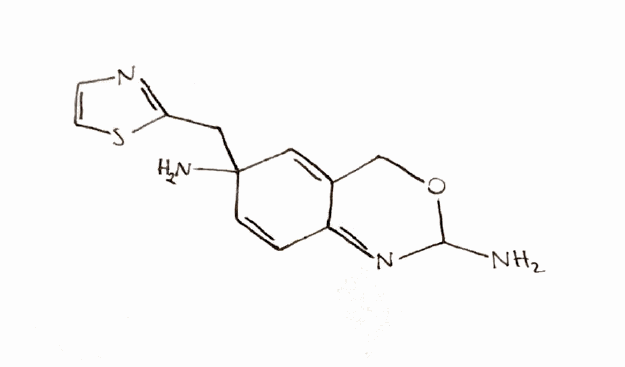
Simplified molecular-input line-entry system (SMILES) notation of the given molecule:
C1C2=CC(C=CC2=NC(O1)N)(CC3=NC=CS3)N